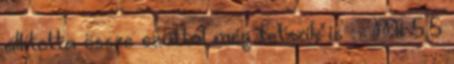
állította össze ezúttal még tetszik is :- Mi 5,5